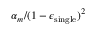
\alpha _ { m } / ( 1 - \epsilon _ { \mathrm { s i n g l e } } ) ^ { 2 }